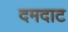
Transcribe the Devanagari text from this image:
दमदाट